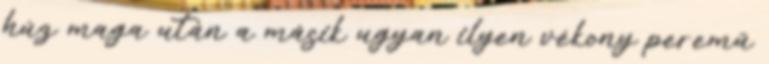
húz maga után a másik ugyan ilyen vékony peremű